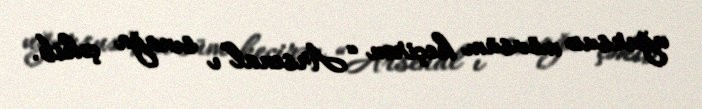
uğursuz mövsüm keçirən “Arsenal”ı sınağa çəkib.